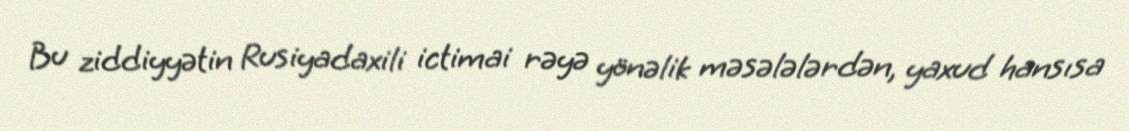
Bu ziddiyyətin Rusiyadaxili ictimai rəyə yönəlik məsələlərdən, yaxud hansısa